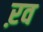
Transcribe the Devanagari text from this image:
ऱव